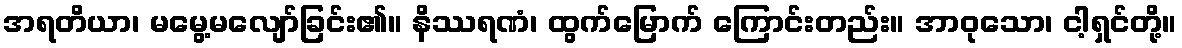
အရတိယာ၊ မမွေ့မလျော်ခြင်း၏။ နိဿရဏံ၊ ထွက်မြောက် ကြောင်းတည်း။ အာဝုသော၊ ငါ့ရှင်တို့။